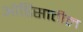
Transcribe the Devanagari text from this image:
ओडिसातील